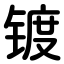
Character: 镀